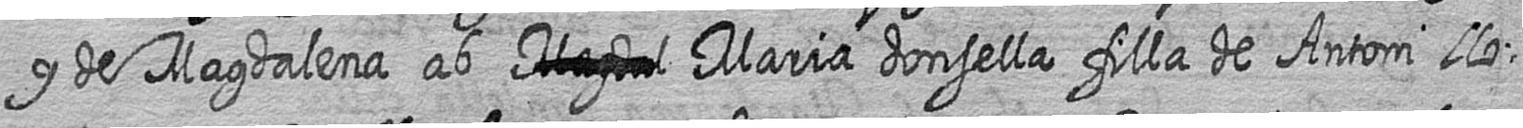
y de Magdalena ab # Maria donsella filla de Antoni llo=